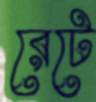
রেটে